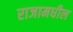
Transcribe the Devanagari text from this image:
राजामधील